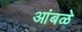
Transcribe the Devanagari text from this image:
आंबळे